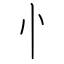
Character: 忄